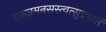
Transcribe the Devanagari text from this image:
प्रसन्नमनसस्त्वत्सुप्रभातं